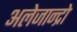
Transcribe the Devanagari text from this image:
अलेजान्द्रो